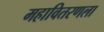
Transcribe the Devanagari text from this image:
महावितरणला